Vaccine operations Central Provinces & Berar 1922-1929 - 1922-1929
Year: 1922
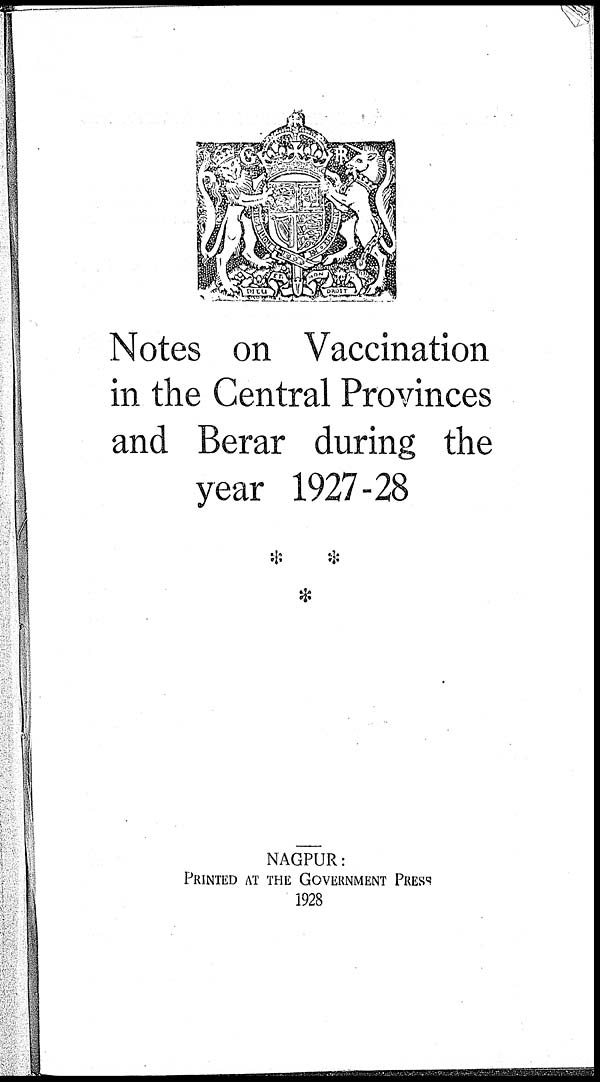
Notes on Vaccination
in the Central Provinces
and Berar during the
year 1927-28
NAGPUR:
PRINTED AT THE GOVERNMENT PRESS
1928